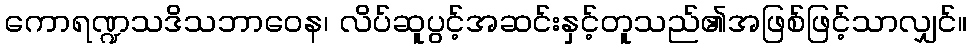
ကောရဏ္ဍသဒိသဘာဝေန၊ လိပ်ဆူပွင့်အဆင်းနှင့်တူသည်၏အဖြစ်ဖြင့်သာလျှင်။